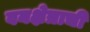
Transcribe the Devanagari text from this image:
वनक्षेत्राची